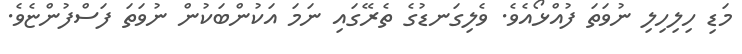
މަޑި ހިލިހިލި ނުވަތަ ފުއްޅޯއެވެ. ވެލިގަނޑުގެ ތެރޭގައި ނަމަ އަކުންބަކުން ނުވަތަ ފަސްފުންޏެވެ.